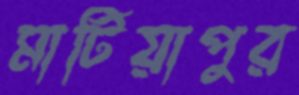
মাটিয়াপুর